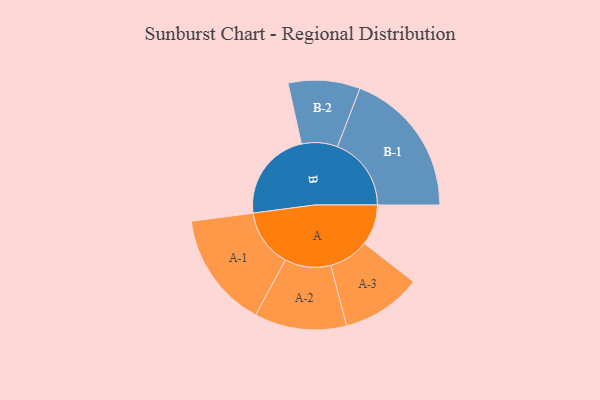
{"axis": {"x": "Segment", "y": "Value"}, "legend": ["", "A", "B"], "data": [{"x": "A", "y": 149, "type": ""}, {"x": "B", "y": 334, "type": ""}, {"x": "A-1", "y": 213, "type": "A"}, {"x": "A-2", "y": 169, "type": "A"}, {"x": "A-3", "y": 147, "type": "A"}, {"x": "B-1", "y": 271, "type": "B"}, {"x": "B-2", "y": 132, "type": "B"}]}